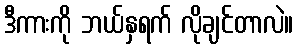
ဒီကားကို ဘယ်နှရက် လိုချင်တာလဲ။